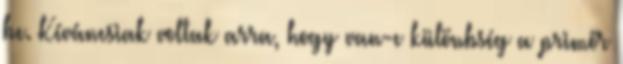
be. Kíváncsiak voltak arra, hogy van-e különbség a primőr